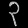
Digit: ၃